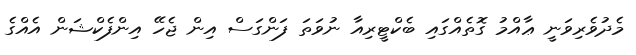
މެދުވެރިވަނީ ޢާއްމު ގޮތެއްގައި ބެކްޓީރިއާ ނުވަތަ ފަންގަސް އިން ޖެހޭ އިންފެކްޝަން އެއްގެ